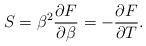
\begin{align*}S=\beta^2{{\partial F}\over{\partial\beta}}=-{{\partial F}\over{\partial T}}.\end{align*}